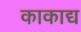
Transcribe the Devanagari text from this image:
काकाद्य